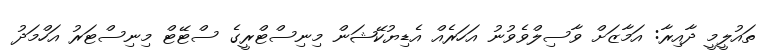
ތައުލީމީ ދާއިރާ: އަމާޒަށް ވާސިލްވެވުނު އަހަރެއް އެޑިޔުކޭޝަން މިނިސްޓްރީގެ ސްޓޭޓް މިނިސްޓަރު އަހްމަދު